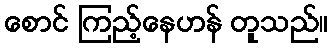
စောင် ကြည့်နေဟန် တူသည်။